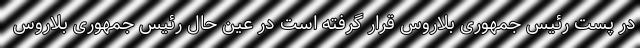
در پست رئیس جمهوری بلاروس قرار گرفته است در عین حال رئیس جمهوری بلاروس